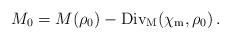
LaTeX: \begin{align*}M_0=M(\rho_0)-{\rm Div_M}(\chi_{\rm m},\rho_0)\,. \end{align*}